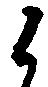
候